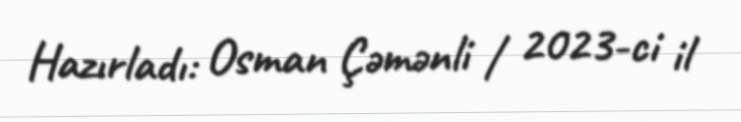
Hazırladı: Osman Çəmənli / 2023-ci il